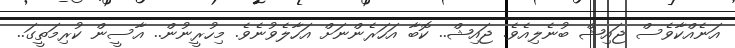
އަނެއްކާވެސް ޖައިޝް ބުނެލިއެވެ. ޖައިޝް.. ކޮބާ އަހަރެންނަށް އަހާލެވުނެވެ. މިހުރީނުން.. އާސީން ކުރިމަތީގަ..